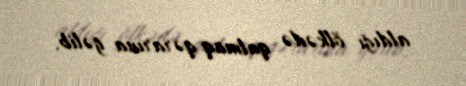
aldığı ölkədə qalmaq qərarına gəlib.